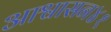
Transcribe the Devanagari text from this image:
आश्वासन४१